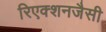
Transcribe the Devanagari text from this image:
रिएक्शनजैसी